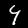
Label: 4